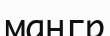
мангр